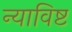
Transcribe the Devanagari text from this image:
न्याविष्ट